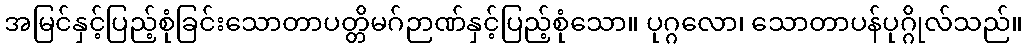
အမြင်နှင့်ပြည့်စုံခြင်းသောတာပတ္တိမဂ်ဉာဏ်နှင့်ပြည့်စုံသော။ ပုဂ္ဂလော၊ သောတာပန်ပုဂ္ဂိုလ်သည်။